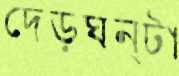
দেড়ঘন্টা